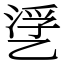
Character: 㐢